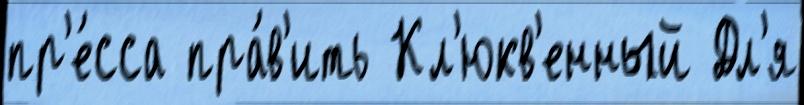
пр'е́сса пра́в'ить Кл'юкв'енный Дл'я